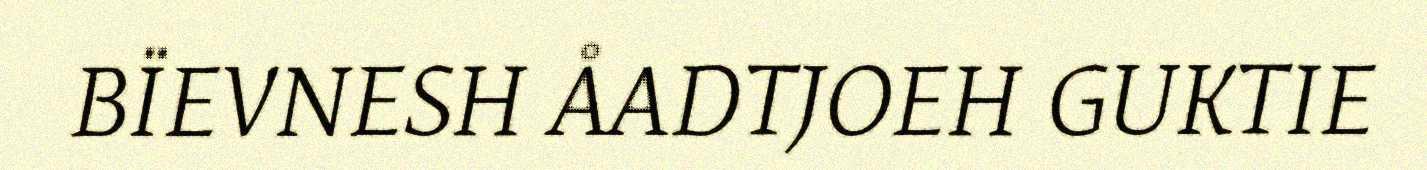
BÏEVNESH ÅADTJOEH GUKTIE